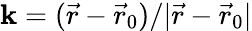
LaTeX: \boldsymbol{\mathrm{k}}=({\vec{r}-\vec{r}_{0}})/{|\vec{r}-\vec{r}_{0}|}